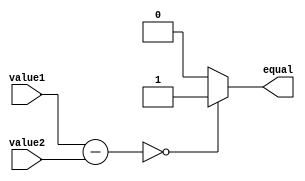
module equality_comparator (
    input [7:0] value1,
    input [7:0] value2,
    output reg equal
);

reg [7:0] difference;

always @ (*) begin
    difference = value1 - value2;
    if (difference == 0) begin
        equal = 1;
    end
    else begin
        equal = 0;
    end
end

endmodule